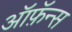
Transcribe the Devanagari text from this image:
ऑफ़ॅन्स